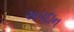
અપદાન